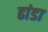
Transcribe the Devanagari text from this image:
ढांडा